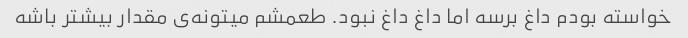
خواسته بودم داغ برسه اما داغ داغ نبود. طعمشم میتونه‌ی مقدار بیشتر باشه